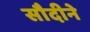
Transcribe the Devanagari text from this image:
सौदीने